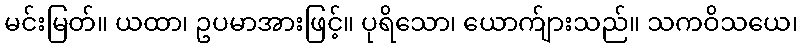
မင်းမြတ်။ ယထာ၊ ဥပမာအားဖြင့်။ ပုရိသော၊ ယောက်ျားသည်။ သကဝိသယေ၊